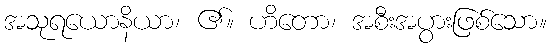
အသုရယောနိယာ၊ ၏။ ဟိတော၊ အစီးအပွားဖြစ်သော။